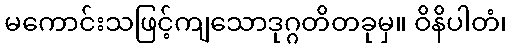
မကောင်းသဖြင့်ကျသောဒုဂ္ဂတိတခုမှ။ ဝိနိပါတံ၊